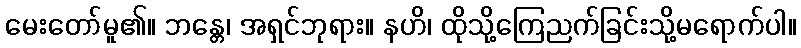
မေးတော်မူ၏။ ဘန္တေ၊ အရှင်ဘုရား။ နဟိ၊ ထိုသို့ကြေညက်ခြင်းသို့မရောက်ပါ။